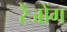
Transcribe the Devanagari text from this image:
रेंजोंग